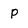
Character: P